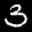
Label: 3